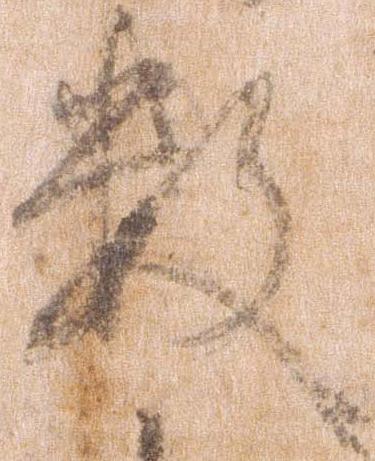
数